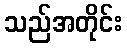
သည်အတိုင်း